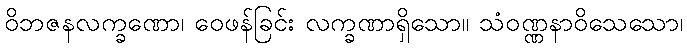
ဝိဘဇနလက္ခဏော၊ ဝေဖန်ခြင်း လက္ခဏာရှိသော။ သံဝဏ္ဏနာဝိသေသော၊